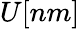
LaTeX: U[nm]